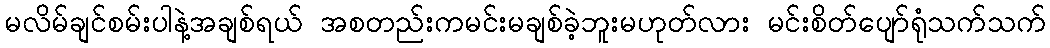
မလိမ်ချင်စမ်းပါနဲ့အချစ်ရယ် အစတည်းကမင်းမချစ်ခဲ့ဘူးမဟုတ်လား မင်းစိတ်ပျော်ရုံသက်သက်